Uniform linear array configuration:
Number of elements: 8
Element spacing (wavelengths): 1
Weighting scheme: cosine
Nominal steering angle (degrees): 15
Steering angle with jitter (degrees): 13.967
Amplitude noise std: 0.05
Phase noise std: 0.05

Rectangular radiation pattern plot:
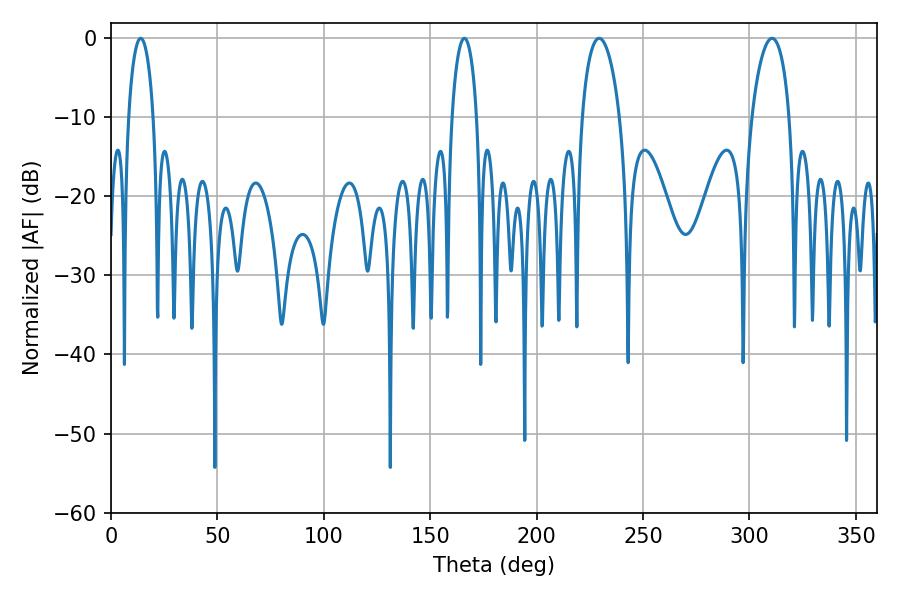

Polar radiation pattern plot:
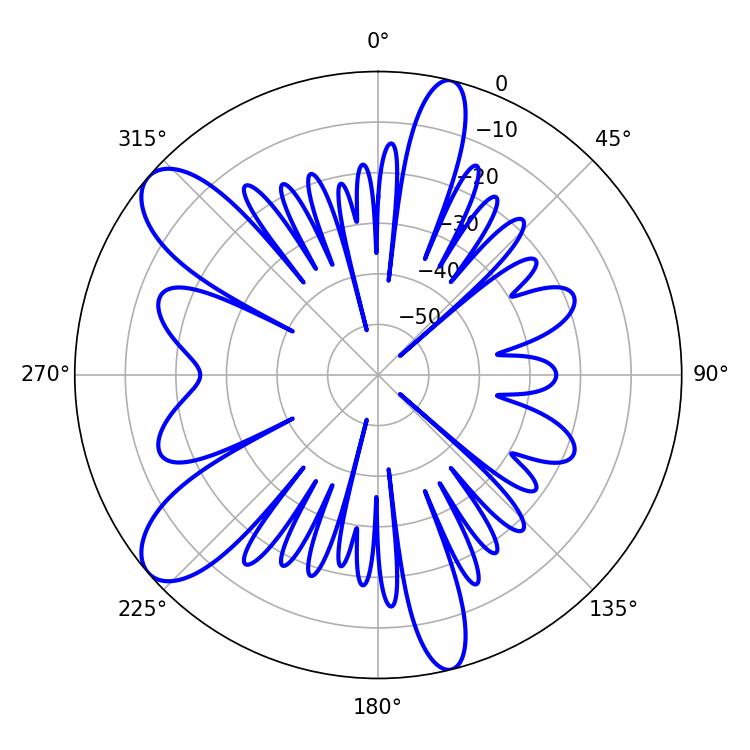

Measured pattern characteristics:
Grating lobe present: TRUE
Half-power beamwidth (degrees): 10.08
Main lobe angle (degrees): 229.32